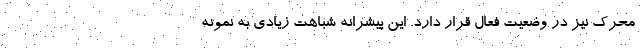
محرک نیز در وضعیت فعال قرار دارد. این پیشرانه شباهت زیادی به نمونه